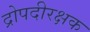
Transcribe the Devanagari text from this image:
द्रोपदीरक्षक